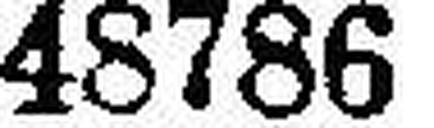
48786